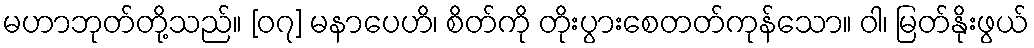
မဟာဘုတ်တို့သည်။ [၀၇] မနာပေဟိ၊ စိတ်ကို တိုးပွားစေတတ်ကုန်သော။ ဝါ၊ မြတ်နိုးဖွယ်